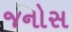
જનોસ